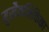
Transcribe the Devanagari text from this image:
मुखैकभिक्तिका